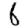
Digit: 6